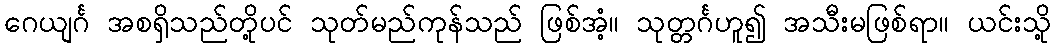
ဂေယျင်္ဂ အစရှိသည်တို့ပင် သုတ်မည်ကုန်သည် ဖြစ်အံ့။ သုတ္တင်္ဂဟူ၍ အသီးမဖြစ်ရာ။ ယင်းသို့